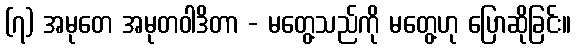
(၇) အမုတေ အမုတဝါဒိတာ - မတွေ့သည်ကို မတွေ့ဟု ပြောဆိုခြင်း။